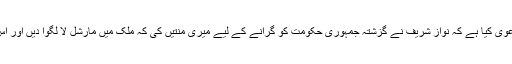
اس موقع چوہدری غلام حسین نے دعویٰ کیا ہے کہ نواز شریف نے گزشتہ جمہوری حکومت کو گرانے کے لیے میری منتیں کی کہ ملک میں مارشل لا لگوا دیں اور اس بات کے گواہ سلمان غنی بھی ہیں۔